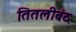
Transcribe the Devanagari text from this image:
तितलीबंद